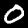
Label: 0